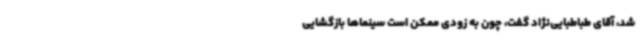
شد، آقای طباطبایی‌نژاد گفت، چون به زودی ممکن است سینماها بازگشایی